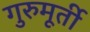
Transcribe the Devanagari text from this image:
गुरुमूर्ती